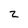
Character: z